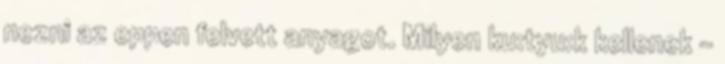
nezni az eppen felvett anyagot. Milyen ku:tyu:k kellenek -